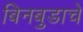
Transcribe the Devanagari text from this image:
बिनबुडाचे